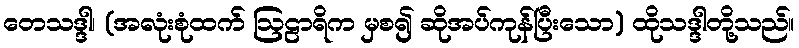
တေသဒ္ဒါ၊ (အလုံးစုံထက် ဩဠာရိက မှစ၍ ဆိုအပ်ကုန်ပြီးသော) ထိုသဒ္ဒါတို့သည်။